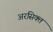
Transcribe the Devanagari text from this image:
अरसिक्त